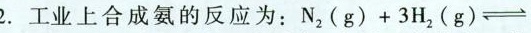
2.工业上合成氨的反应为：N_{2}(g)+3H_2(g)\rightleftharpoons